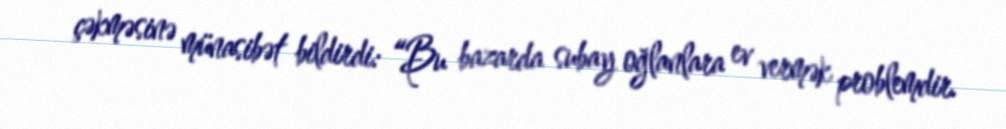
çəkməsinə münasibət bildirdi: “Bu bazarda subay oğlanlara ev vermək problemdir.